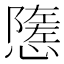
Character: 𢢠